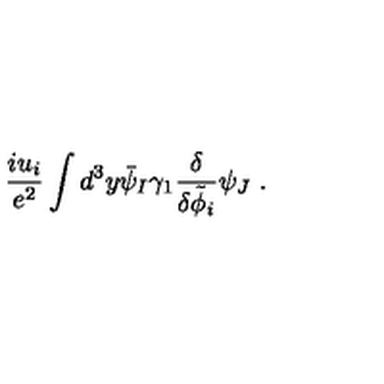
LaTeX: \frac { i u _ { i } } { e ^ { 2 } } \int d ^ { 3 } y \bar { \psi } _ { I } \gamma _ { 1 } \frac { \delta } { \delta \tilde { \phi } _ { i } } \psi _ { J } \ .